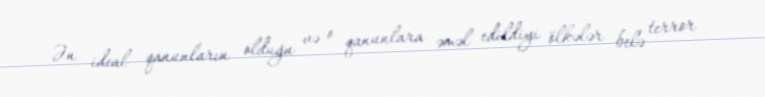
Ən ideal qanunların olduğu və o qanunlara əməl edildiyi ölkələr belə terror